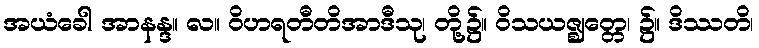
အယံခေါ အာနန္ဒ။ လ။ ဝိဟရတီတိအာဒီသု၊ တို့၌။ ဝိသယဇ္ဈတ္တေ၊ ၌။ ဒိဿတိ၊